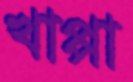
খাপ্পা